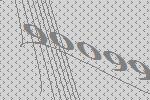
90099